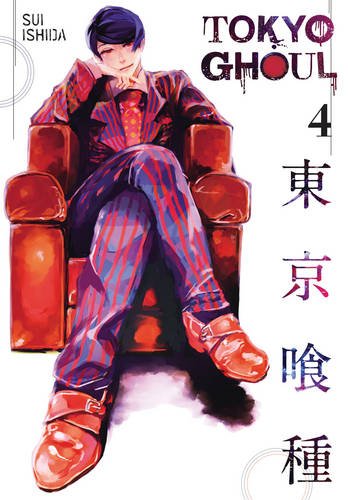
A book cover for Tokyo Ghoul, Vol. 4; Sui Ishida; Comics & Graphic Novels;